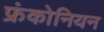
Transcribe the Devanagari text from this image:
फ्रंकोनियन